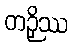
တဉှိဿ